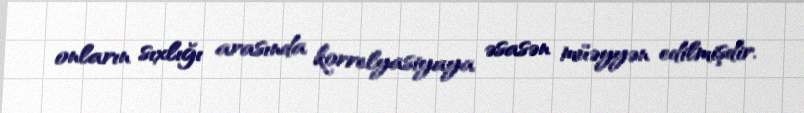
onların sıxlığı arasında korrelyasiyaya əsasən müəyyən edilmişdir.